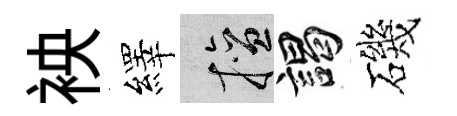
䘧繹擅謁磯